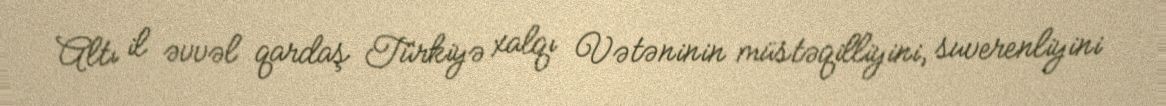
Altı il əvvəl qardaş Türkiyə xalqı Vətəninin müstəqilliyini, suverenliyini